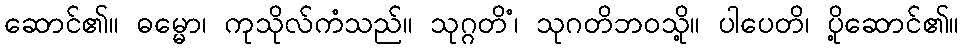
ဆောင်၏။ ဓမ္မော၊ ကုသိုလ်ကံသည်။ သုဂ္ဂတိံ၊ သုဂတိဘဝသို့။ ပါပေတိ၊ ပို့ဆောင်၏။